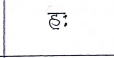
मजकूर: हः